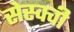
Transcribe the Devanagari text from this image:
सेस्क्वी